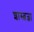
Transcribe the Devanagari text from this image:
शास्त्रज्ञा